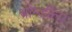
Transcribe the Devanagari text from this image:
बोम्डीला